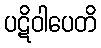
ပဋိဝါပေတိ